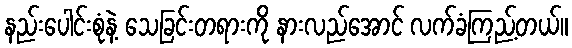
နည်းပေါင်းစုံနဲ့ သေခြင်းတရားကို နားလည်အောင် လက်ခံကြည့်တယ်။